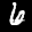
Label: 6